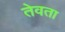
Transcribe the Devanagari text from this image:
तेवता